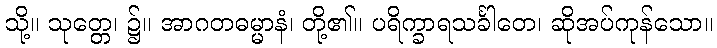
သို့။ သုတ္တေ၊ ၌။ အာဂတဓမ္မာနံ၊ တို့၏။ ပရိက္ခာရသင်္ခါတေ၊ ဆိုအပ်ကုန်သော။